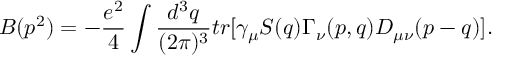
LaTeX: B ( p ^ { 2 } ) = - \frac { e ^ { 2 } } { 4 } \int \frac { d ^ { 3 } q } { ( 2 \pi ) ^ { 3 } } t r \lbrack \gamma _ { \mu } S ( q ) \Gamma _ { \nu } ( p , q ) D _ { \mu \nu } ( p - q ) \rbrack .